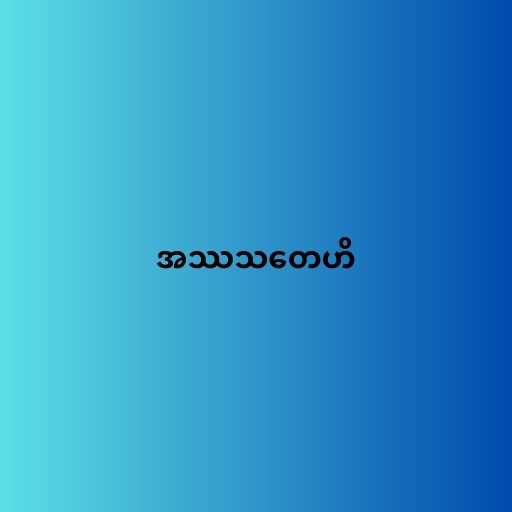
အဿသတေဟိ